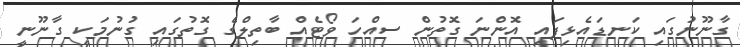
ގާނޫނުގައި ކަނޑައެޅިފައި އޮންނަ ގޮތުން ސއްހަ ވޯޓެއް ބާތިލްގެ ގޮތުގައި ގުނުމަކީ ގާނޫނީ